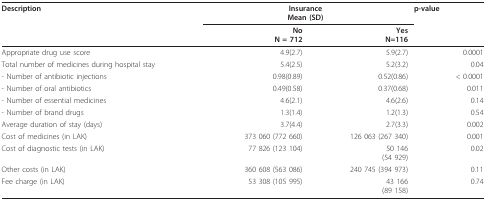
| Description | <COLSPAN=2> InsuranceMean (SD) | p-value |
 |  | NoN = 712 | YesN=116 |  |
 | --- | --- | --- | --- |
 | Appropriate drug use score | 4.9(2.7) | 5.9(2.7) | 0.0001 |
 | Total number of medicines during hospital stay | 5.4(2.5) | 5.2(3.2) | 0.04 |
 | - Number of antibiotic injections | 0.98(0.89) | 0.52(0.86) | < 0.0001 |
 | - Number of oral antibiotics | 0.49(0.58) | 0.37(0.68) | 0.011 |
 | - Number of essential medicines | 4.6(2.1) | 4.6(2.6) | 0.14 |
 | - Number of brand drugs | 1.3(1.4) | 1.2(1.3) | 0.54 |
 | Average duration of stay (days) | 3.7(4.4) | 2.7(3.3) | 0.002 |
 | Cost of medicines (in LAK) | 373 060 (772 660) | 126 063 (267 340) | 0.001 |
 | Cost of diagnostic tests (in LAK) | 77 826 (123 104) | 50 146(54 929) | 0.02 |
 | Other costs (in LAK) | 360 608 (563 086) | 240 745 (394 973) | 0.11 |
 | Fee charge (in LAK) | 53 308 (105 995) | 43 166(89 158) | 0.74 |